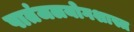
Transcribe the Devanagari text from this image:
पातंजलयोगशास्त्र